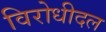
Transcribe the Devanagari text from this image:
विरोधीदल